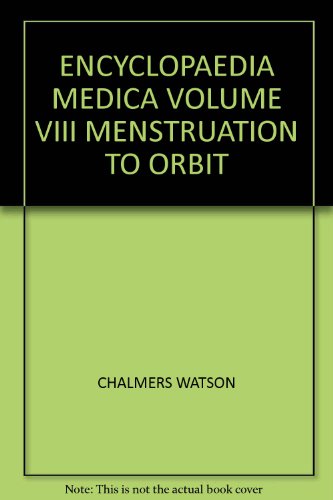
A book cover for ENCYCLOPAEDIA MEDICA VOLUME VIII MENSTRUATION TO ORBIT; CHALMERS WATSON; Health, Fitness & Dieting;